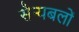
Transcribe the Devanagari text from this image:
सैन्यबलों